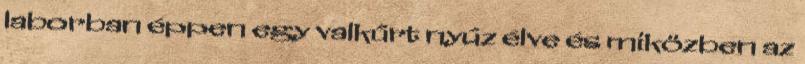
laborban éppen egy valkűrt nyúz élve és miközben az